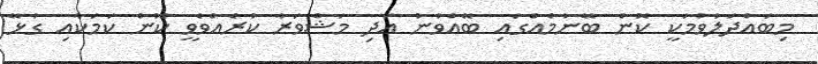
މިބައްދަލުވުމަކީ ކޮން ބޭނުމެއްގައި ބޭއްވުނު އަދި މަޝްވަރާ ކުރެއްވެވީ ކޮން ކަމަކާއި ގުޅޭ